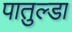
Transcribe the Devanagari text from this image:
पातुल्डा